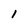
Character: 1